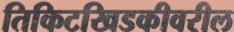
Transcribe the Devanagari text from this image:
तिकिटखिडकीवरील